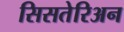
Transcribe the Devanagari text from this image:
सिसतेरिअन